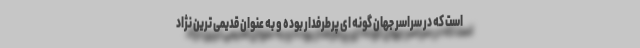
است که در سراسر جهان گونه ای پرطرفدار بوده و به عنوان قدیمی ترین نژاد